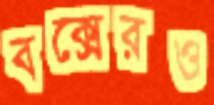
বক্সেরও